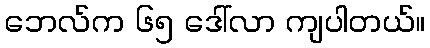
ဘေလ်က ၆၅ ဒေါ်လာ ကျပါတယ်။